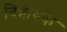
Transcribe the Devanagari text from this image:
विन्नायके